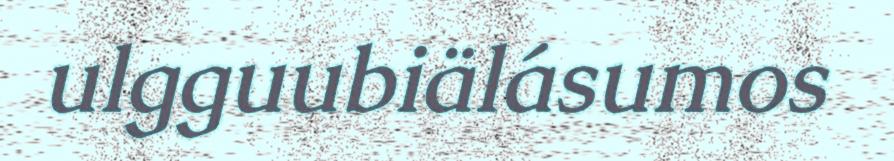
ulgguubiälásumos